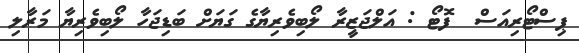
ޕިސްޓޯރިއަސް  ފޮޓޯ : އަލްޖަޒީރާ ލޯބިވެރިޔާގެ ގަޔަށް ބަޑިޖަހާ ލޯބިވެރިޔާ މަރާލި